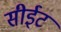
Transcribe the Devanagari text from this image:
सीईट